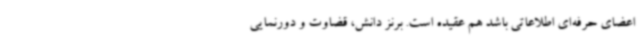
اعضای حرفه‌ای اطلاعاتی باشد هم عقیده است. برنز دانش، قضاوت و دورنمایی